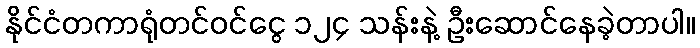
နိုင်ငံတကာရုံတင်ဝင်ငွေ ၁၂၄ သန်းနဲ့ ဦးဆောင်နေခဲ့တာပါ။